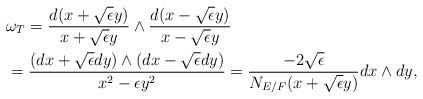
LaTeX: \begin{align*}\begin{aligned}&\omega_T=\frac{d(x+\sqrt{\epsilon}y)}{x+\sqrt{\epsilon}y}\wedge\frac{d(x-\sqrt{\epsilon}y)}{x-\sqrt{\epsilon}y}\\&=\frac{(dx+\sqrt{\epsilon}dy)\wedge(dx -\sqrt{\epsilon}dy)}{x^2-\epsilon y^2} = \frac{-2 \sqrt{\epsilon}}{N_{E/F}(x+ \sqrt{\epsilon} y)} dx\wedge dy,\end{aligned}\end{align*}